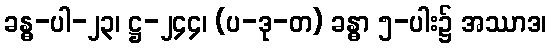
ခန္ဓ-ပါ-၂၃၊ ဋ္ဌ-၂၄၄၊ (ပ-ဒု-တ) ခန္ဓာ ၅-ပါး၌ အဿာဒ၊